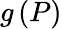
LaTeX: g\left(P\right)